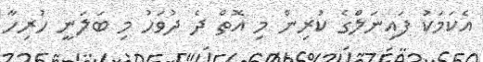
އެކަމަކު ފައިނަލްގެ ކުރިން މި އޮތް ދެ ދުވަހު މި ބަލަނީ ހުރިހާ